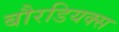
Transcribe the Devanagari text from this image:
बौरडियक्स